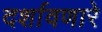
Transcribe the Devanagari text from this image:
दर्शावणारे